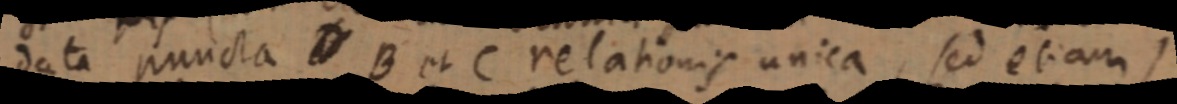
data puncta D B et C relationis unica, sed etiam)